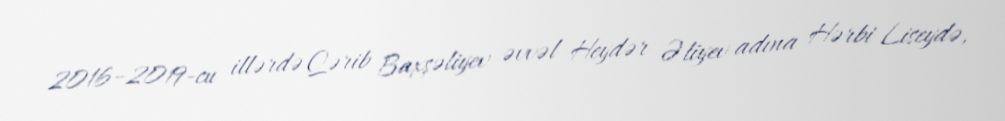
2016–2019-cu illərdə Qərib Baxşəliyev əvvəl Heydər Əliyev adına Hərbi Liseydə,